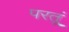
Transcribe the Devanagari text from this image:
परतूं